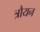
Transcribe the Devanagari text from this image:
त्रौयन